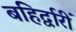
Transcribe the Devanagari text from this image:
बहिर्द्वारीं